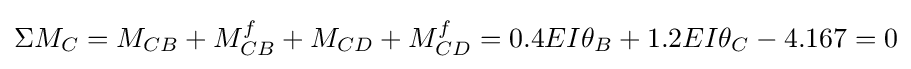
\Sigma M_{C}=M_{CB}+M_{CB}^{f}+M_{CD}+M_{CD}^{f}=0.4EI\theta _{B}+1.2EI\theta _{C}-4.167=0